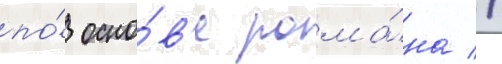
по́ осно́в'е рома́на //